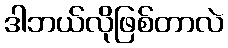
ဒါဘယ်လိုဖြစ်တာလဲ